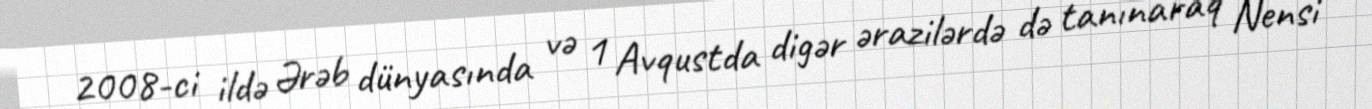
2008-ci ildə Ərəb dünyasında və 1 Avqustda digər ərazilərdə də tanınaraq Nensi